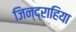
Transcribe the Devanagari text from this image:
जिन्द्राहिया